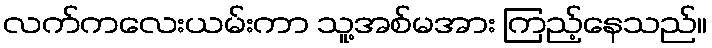
လက်ကလေးယမ်းကာ သူ့အစ်မအား ကြည့်နေသည်။